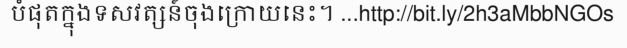
បំផុតក្នុងទសវត្សន៍ចុងក្រោយនេះ។ ...http://bit.ly/2h3aMbbNGOs